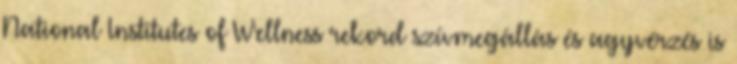
National Institutes of Wellness rekord szívmegállás és agyvérzés is